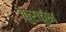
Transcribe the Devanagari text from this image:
कुरकुंभ